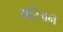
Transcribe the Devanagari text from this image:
मरिअने